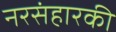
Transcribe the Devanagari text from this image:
नरसंहारकी